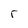
Character: r